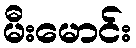
မီးမောင်း